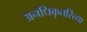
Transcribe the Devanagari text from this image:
अनधिकृतरित्या